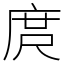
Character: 庹